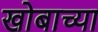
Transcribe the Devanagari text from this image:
खोबाच्या